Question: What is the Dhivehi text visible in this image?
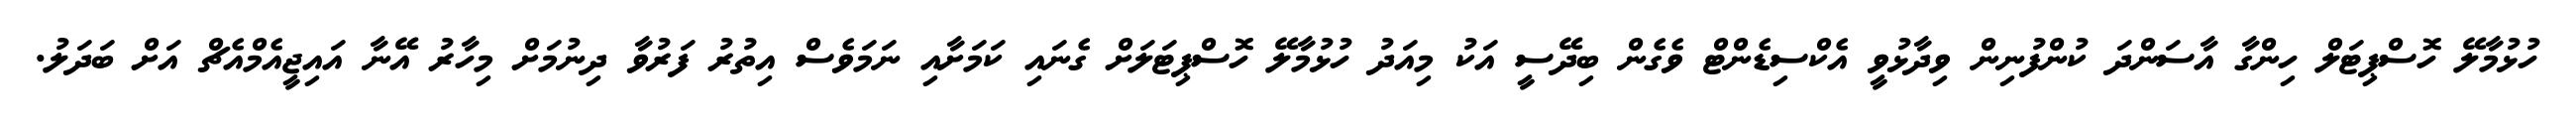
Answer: ހުޅުމާލޭ ހޮސްޕިޓަލް ހިންގާ އާސަންދަ ކުންފުނިން ވިދާޅުވީ އެކްސިޑެންޓް ވެގެން ބިދޭސީ އަކު މިއަދު ހުޅުމާލޭ ހޮސްޕިޓަލަށް ގެނައި ކަމަށާއި ނަމަވެސް އިތުރު ފަރުވާ ދިނުމަށް މިހާރު އޭނާ އައިޖީއެމްއެޗް އަށް ބަދަލު.